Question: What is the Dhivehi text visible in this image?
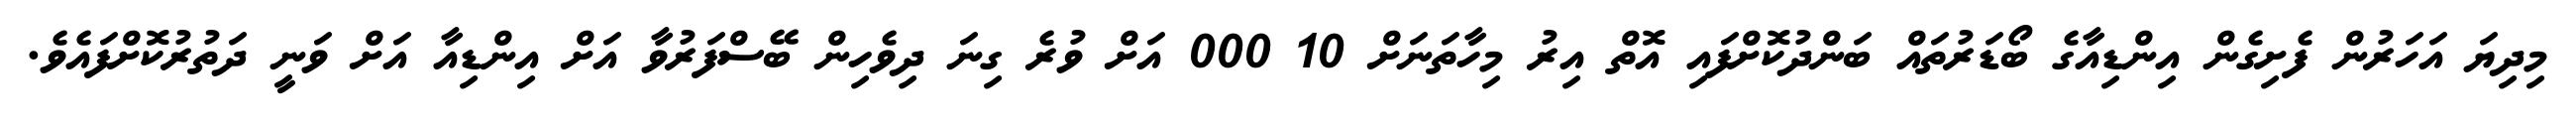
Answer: މިދިޔަ އަހަރުން ފެށިގެން އިންޑިއާގެ ބޯޑަރުތައް ބަންދުކޮށްފައި އޮތް އިރު މިހާތަނަށް 10 000 އަށް ވުރެ ގިނަ ދިވެހިން ބޭސްފަރުވާ އަށް އިންޑިއާ އަށް ވަނީ ދަތުރުކޮށްފައެވެ.